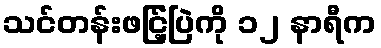
သင်တန်းဖငြ့်ပြဲကို ၁၂ နာရီက